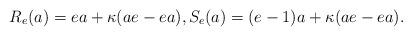
LaTeX: \begin{align*}R_e(a) = ea + \kappa (ae -ea), S_e(a) = (e-1)a+ \kappa (ae -ea).\end{align*}